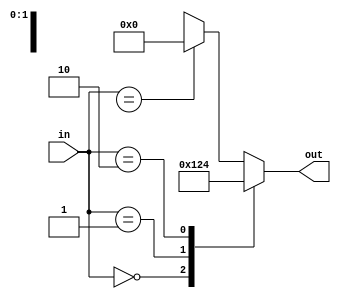
module decoder4to2
(
input	[1:0] in,
output	[3:0] out
);

always@(*)
	case(in)
	2'b00 : out = 4'b0001;
	2'b01 : out = 4'b0010;
	2'b10 : out = 4'b0100;
	2'bxx : out = 4'b0000;
	endcase
endmodule